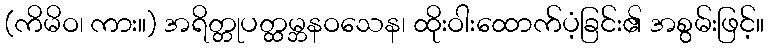
(ကိမိဝ၊ ကား။) အရိတ္တုပတ္ထမ္ဘနဝသေန၊ ထိုးဝါးထောက်ပံ့ခြင်း၏ အစွမ်းဖြင့်။